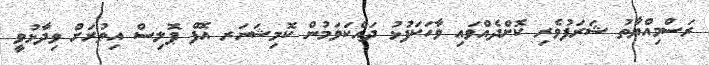
ރަސްމިއްޔާތު ޝަރަފުވެރި ކޮށްދެއްވައި ވާހަކަފުޅު ދައްކަވަމުން ކޮމިޝަނަރ އޮފް ޕޮލިސް އިތުރަށް ވިދާޅުވީ